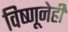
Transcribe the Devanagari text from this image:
विष्णूनेही